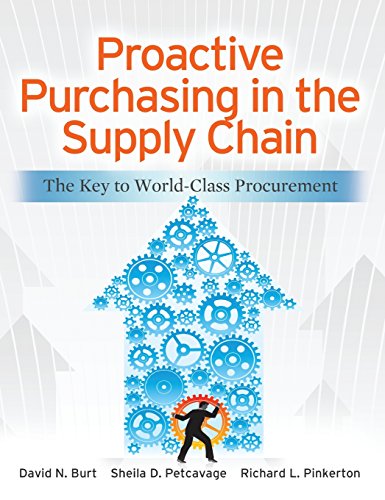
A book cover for Proactive Purchasing in the Supply Chain: The Key to World-Class Procurement; David Burt; Business & Money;